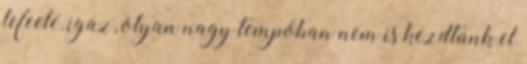
lefeelé, igaz, olyan nagy tempóban nem is kezdtünk el